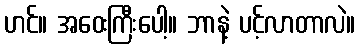
ဟင်။ အဝေးကြီးပေါ့။ ဘာနဲ့ ပင့်လာတာလဲ။